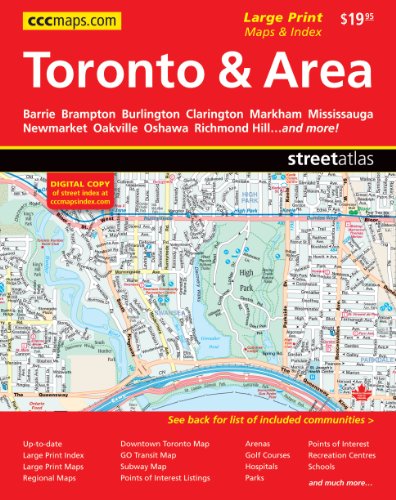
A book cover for Toronto & Area Deluxe Street Atlas; Canadian Cartographics Corporation; Travel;